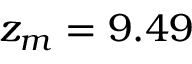
z _ { m } = 9 . 4 9